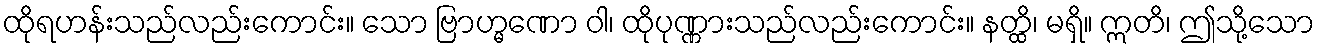
ထိုရဟန်းသည်လည်းကောင်း။ သော ဗြာဟ္မဏော ဝါ၊ ထိုပုဏ္ဏားသည်လည်းကောင်း။ နတ္ထိ၊ မရှိ။ ဣတိ၊ ဤသို့သော